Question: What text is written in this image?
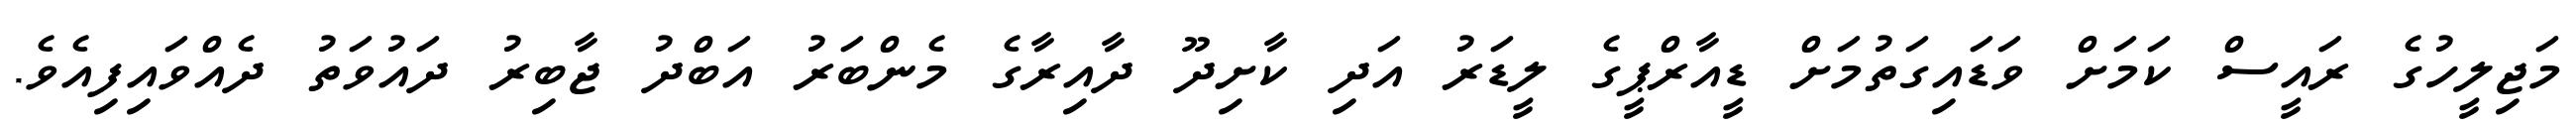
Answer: މަޖިލީހުގެ ރައީސް ކަމަށް ވަޑައިގަތުމަށް ޑީއާރްޕީގެ ލީޑަރު އަދި ކާށިދޫ ދާއިރާގެ މެންބަރު އަބްދު ޖާބިރު ދައުވަތު ދެއްވައިފިއެވެ.